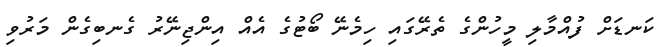
ކަނޑަށް ފުއްމާލި މީހުންގެ ތެރޭގައި ހިމެނޭ ބޯޓުގެ އެއް އިންޖިނޭރު ގެނބިގެން މަރުވި